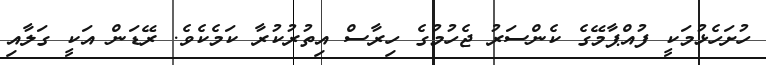
ހުށަހެޅުމަކީ ފުއްޕާމޭގެ ކެންސަރު ޖެހުމުގެ ހިރާސް އިތުރުކުރާ ކަމެކެވެ. ރޭޑަން އަކީ ގަލާއި